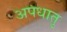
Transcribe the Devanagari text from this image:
अपधातु